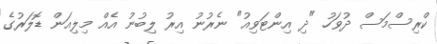
ކްރިސްމަސް ދުވަހު "ދި އިންޓަވިއު" ނެރުނު އިރު ލިބުނު އެއް މިލިއަން ޑޮލަރުގެ